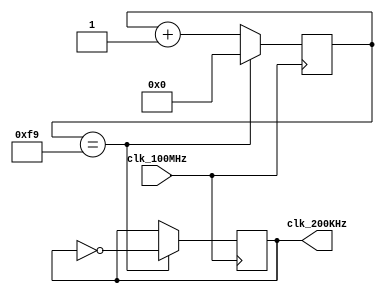
`timescale 1ns / 1ps
// Created by David J. Marion
// Date 7.19.2022
// 200kHz Generator for the Nexys A7 Temperature Sensor I2C Master
// NO CHANGES
module clkgen_200KHz(
    input clk_100MHz,
    output clk_200KHz
    );
    
    // 100 x 10^6 / 200 x 10^3 / 2 = 250 <-- 8 bit counter
    reg [7:0] counter = 8'h00;
    reg clk_reg = 1'b1;
    
    always @(posedge clk_100MHz) begin
        if(counter == 249) begin
            counter <= 8'h00;
            clk_reg <= ~clk_reg;
        end
        else
            counter <= counter + 1;
    end
    
    assign clk_200KHz = clk_reg;
    
endmodule